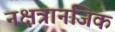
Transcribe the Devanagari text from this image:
नक्षत्रानजिक